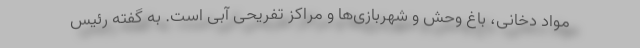
مواد دخانی، باغ وحش و شهربازی‌ها و مراکز تفریحی آبی است. به گفته رئیس